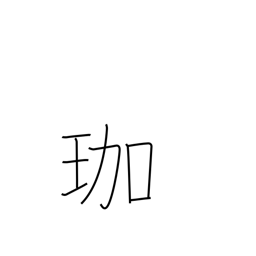
Meaning: ornamental hairpin